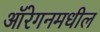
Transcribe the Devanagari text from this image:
ऑरेगनमधील